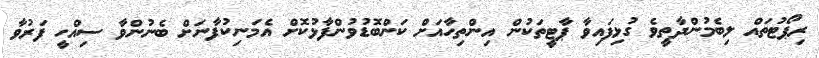
ރިޕޯޓުތައް ލިބެމުންދާތީވެ ގުޅިފައިވާ ޕާޓީތަކުން އިންތިހާއަށް ކަންބޮޑުވުންފާޅުކޮށް އެމަނިކުފާނަށް ބެނުންވާ ސިއްހީ ފަރުވާ